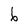
Character: 6